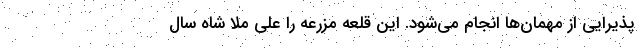
پذیرایی از مهمان‌ها انجام می‌شود. این قلعه مزرعه را علی ملا شاه سال